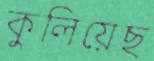
কুলিয়েছ